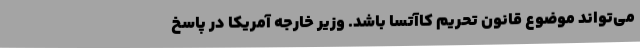
می‌تواند موضوع قانون تحریم کاآتسا باشد. وزیر خارجه آمریکا در پاسخ